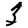
Digit: 5